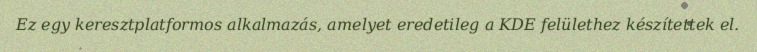
Ez egy keresztplatformos alkalmazás, amelyet eredetileg a KDE felülethez készítettek el.